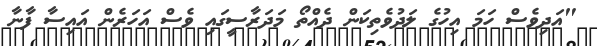
"އަދިވެސް ހަމަ އިހުގެ ލަދުވެތިކަން ދެއްތޯ މަދަރާސީގައި ވެސް އަހަރެން އައިސާ ފާނާ